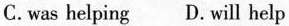
C.was helping D.will help